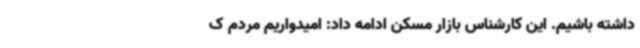
داشته ‌باشیم. این کارشناس بازار مسکن ادامه ‌داد: امیدواریم مردم ک